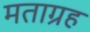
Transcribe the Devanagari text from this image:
मताग्रह